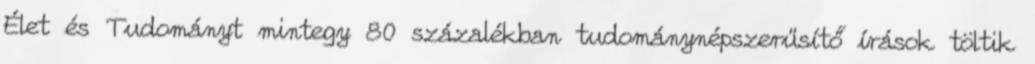
Élet és Tudományt mintegy 80 százalékban tudománynépszerűsítő írások töltik